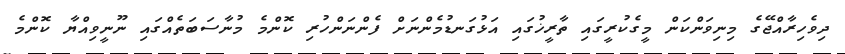
ދިވެހިރާއްޖޭގެ މިނިވަންކަން މީގެކުރީގައި ތާރީޚުގައި އަޅުގަނޑުމެންނަށް ފެންނަންހުރި ކޮންމެ މުނާސަބަތެއްގައި ނޫނީވިއްޔާ ކޮންމެ